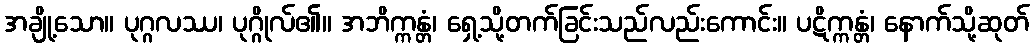
အချို့သော။ ပုဂ္ဂလဿ၊ ပုဂ္ဂိုလ်၏။ အဘိက္ကန္တံ၊ ရှေ့သို့တက်ခြင်းသည်လည်းကောင်း။ ပဋိက္ကန္တံ၊ နောက်သို့ဆုတ်